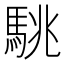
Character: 駣